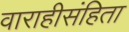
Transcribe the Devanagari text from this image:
वाराहीसंहिता